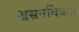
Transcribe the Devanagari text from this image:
श्वसनविकार